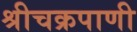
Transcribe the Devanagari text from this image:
श्रीचक्रपाणी